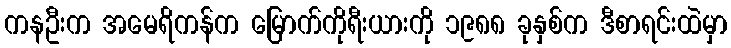
ကနဦးက အမေရိကန်က မြောက်ကိုရီးယားကို ၁၉၈၈ ခုနှစ်က ဒီစာရင်းထဲမှာ